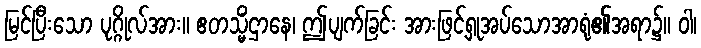
မြင်ပြီးသော ပုဂ္ဂိုလ်အား။ ဧတသ္မိံဌာနေ၊ ဤပျက်ခြင်း အားဖြင့်ရှုအပ်သောအာရုံ၏အရာ၌။ ဝါ၊